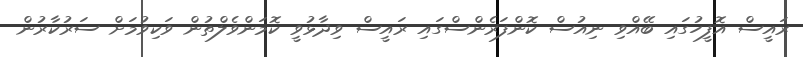
ރައީސް އޮފީހުގައި ބޭއްވި ނިއުސް ކޮންފަރެންސްގައި ރައީސް ވިދާޅުވީ ކޮމަންވެލްތުން ވަކިވުމަށް ސަރުކާރުން